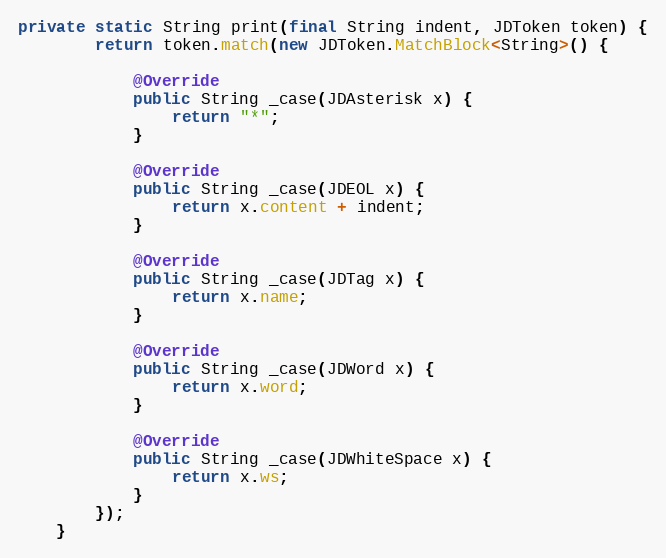
Language: Java
private static String print(final String indent, JDToken token) {
        return token.match(new JDToken.MatchBlock<String>() {

            @Override
            public String _case(JDAsterisk x) {
                return "*";
            }

            @Override
            public String _case(JDEOL x) {
                return x.content + indent;
            }

            @Override
            public String _case(JDTag x) {
                return x.name;
            }

            @Override
            public String _case(JDWord x) {
                return x.word;
            }

            @Override
            public String _case(JDWhiteSpace x) {
                return x.ws;
            }
        });
    }